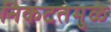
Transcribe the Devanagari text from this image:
निकटतेमुळे